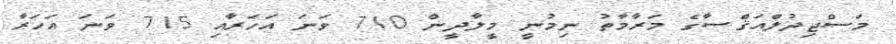
މަސްޖިދުލްއަޤްޞާގެ މަރާމާތު ނިމުނީ މީލާދީން 710 ވަނަ އަހަރާއި 715 ވަނަ އަހަރާ